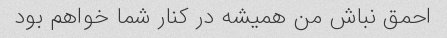
احمق نباش من همیشه در کنار شما خواهم بود